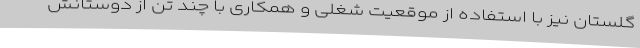
گلستان نیز با استفاده از موقعیت شغلی و همکاری با چند تن از دوستانش